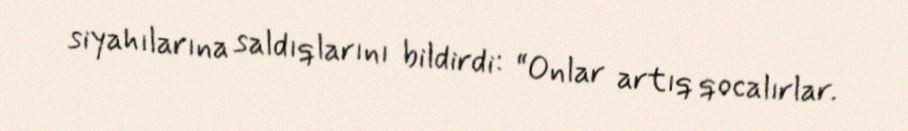
siyahılarına saldıqlarını bildirdi: “Onlar artıq qocalırlar.